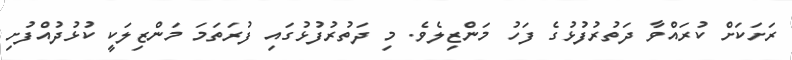
ރަށަކަށް ކުރައްވާ ދަތުރުފުޅުގެ ފަހު މަންޒިލެވެ. މި ދަތުރުފުޅުގައި ފުރަތަމަ މަންޒިލަކީ ކުޅުދުއްފުށި